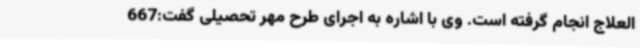
العلاج انجام گرفته است. وی با اشاره به اجرای طرح مهر تحصیلی گفت:667